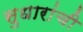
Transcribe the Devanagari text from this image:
सुधारांची